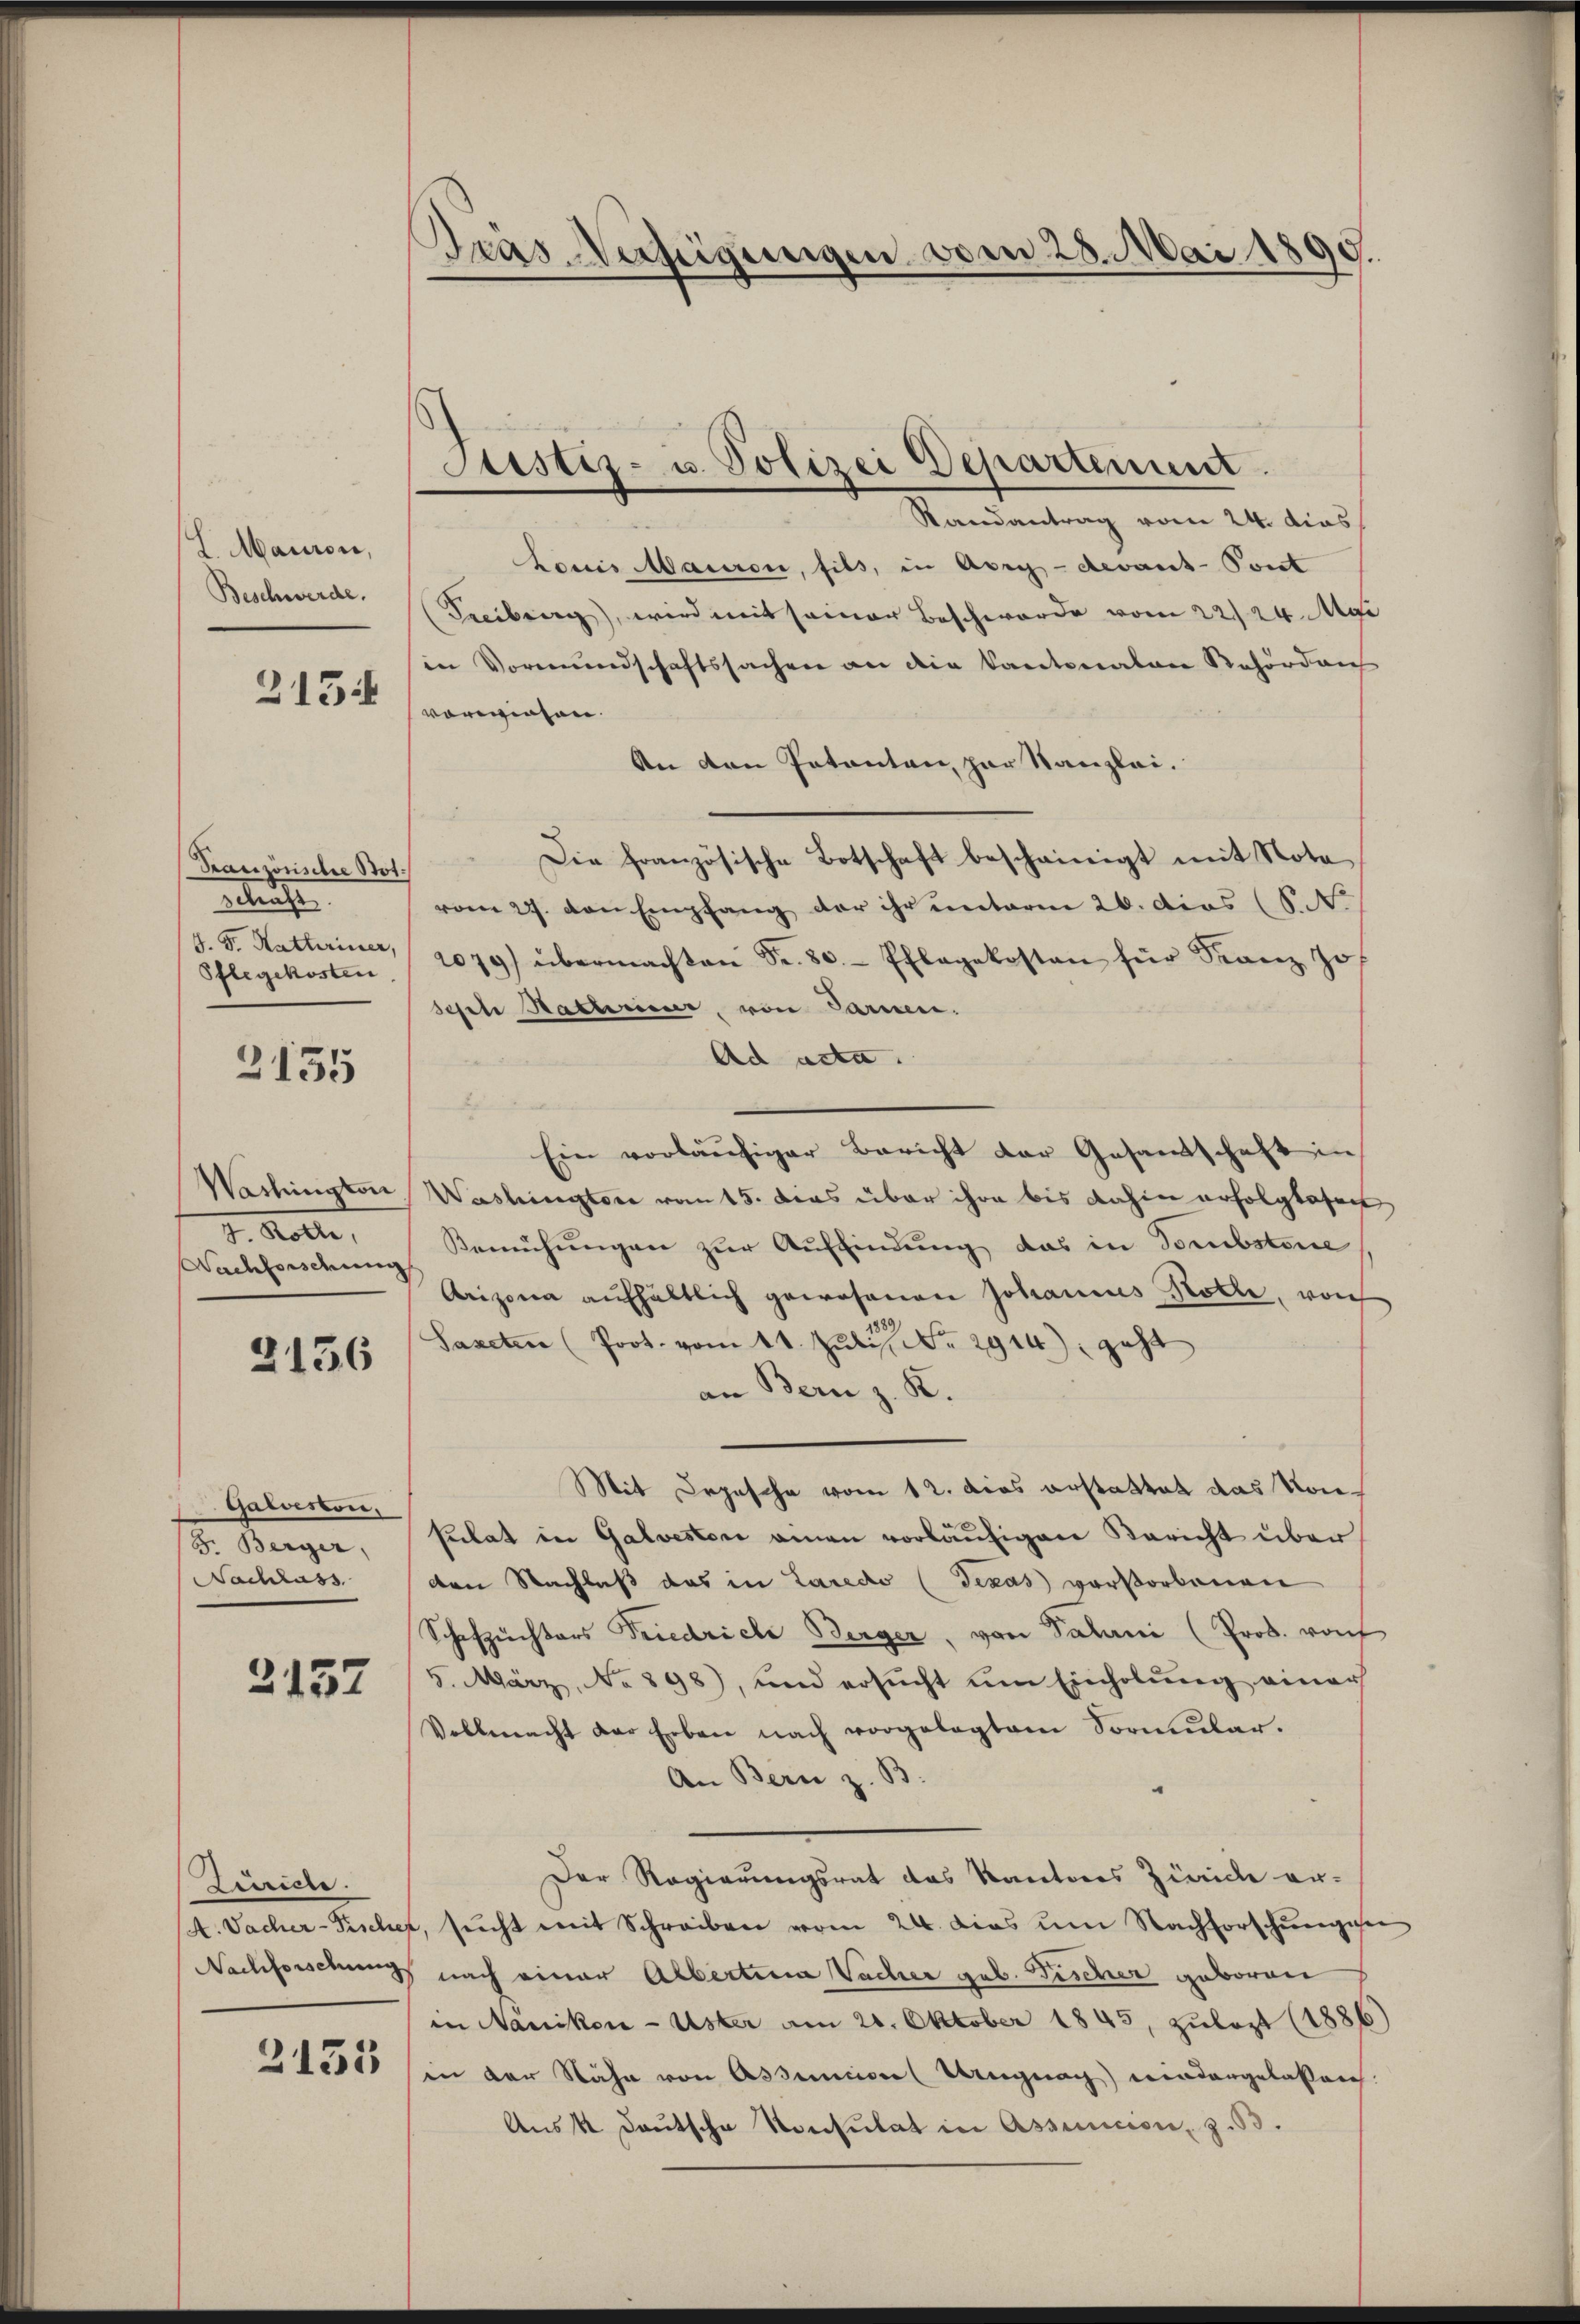
L. Maion,
Beschwerde.
2154

elaufe
S. Fr. Kathriner,
Pflegekosten.

2135

J. Kelle,
Nachforschung

2156

Galvesten.
3. Berger,
Nachlass

2157

Randantrag vom 24. dies
Louis Mauren, fils, in Abrg - devant-Pont
Freiburg, wird mit seiner Beschwerde vom 22/24. Mai
in Vormundschaftssachen an die Kantonalen Behörden
vorwiesen.
An den Patenten, zur Kanzlei.
Französische Bot. Die französische Botschaft bescheinigt mit Nota
vom 27. von Empfang der ihr unterm 26. dies (S. N.
2079) übermachten Fr. 80. Pflegekosten für Franz Jo
schte Naturer, von Parmen.
Ad acta.
Ein vorläŭfiger Bericht der Gesamtschaft in
Wechington, Washington vom 15. dies über ihre bis dahin erfolglosen
Bemühungen zur Auffindung das in Tombsteue
Arizona aufhältlich gewesenen Johannes Kolle, vor
Sapeten (Prot. vom 11. Juli 1914), geht
an Bern z. K.
Mit Depesche vom 12. dies erstattet das Konsulat in Galvestor einen vorläufigen Bericht über
den Nachlaß das in Laredo (Texas vorstorbenen
Schafzuchters Friedriche Berger, von Palani (Prob. von
5. März, No 898), und ersŭcht um Einholung einer
Vollmacht der Erben nach vorgelegtem Formular¬
An Bern z. B.
Der Regierungsrat das Kantons Zürich er-
A. Vacher-Fischer, sŭcht mit Schreiben vom 24. Dies um Nachforschŭngen
Nachforschung nach einer Alberten Vacher geb. Fischer geboren
in Nänikon - Uster am 21. Oktober 1845, zulezt (1886)
in der Nähe von Assecion (Wangnach wiedergelassen.
Aus 4 deutsche Konsulat in Assencion, z. B.

Zürich.

2153

Gras Verfügungen vom 28. Mai 1890.

Justiz- u. Polizei Departement.